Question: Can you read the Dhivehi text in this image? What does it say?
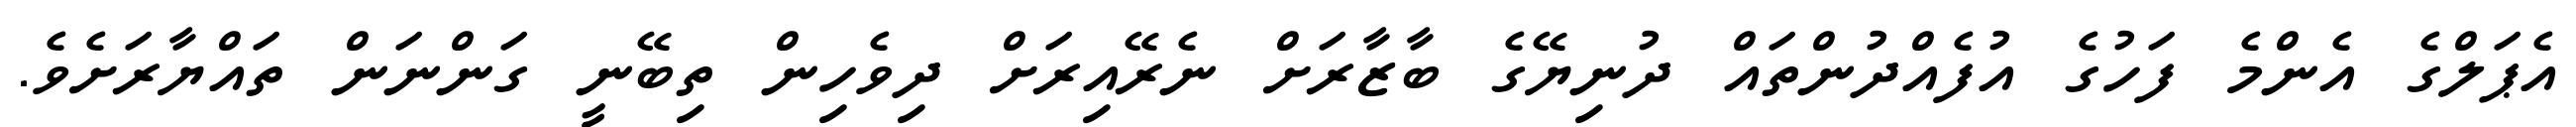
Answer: އެޕަލްގެ އެންމެ ފަހުގެ އުފެއްދުންތައް ދުނިޔޭގެ ބާޒާރަށް ނެރޭއިރަށް ދިވެހިން ތިބޭނީ ގަންނަން ތައްޔާރަށެވެ.